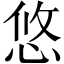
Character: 悠